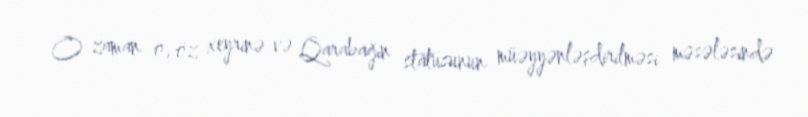
O zaman o, öz xeyrinə və Qarabağın statusunun müəyyənləşdirilməsi məsələsində